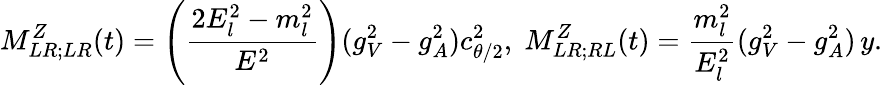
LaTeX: M_{LR;LR}^{Z}(t)=\left(\frac{2E_{l}^{2}-m_{l}^{2}}{E^{2}}\right)(g_{V}^{2}-g_{A}^{2})c_{\theta/2}^{2},\; M_{LR;RL}^{Z}(t)=\frac{m_{l}^{2}}{E_{l}^{2}}(g_{V}^{2}-g_{A}^{2})\, y.